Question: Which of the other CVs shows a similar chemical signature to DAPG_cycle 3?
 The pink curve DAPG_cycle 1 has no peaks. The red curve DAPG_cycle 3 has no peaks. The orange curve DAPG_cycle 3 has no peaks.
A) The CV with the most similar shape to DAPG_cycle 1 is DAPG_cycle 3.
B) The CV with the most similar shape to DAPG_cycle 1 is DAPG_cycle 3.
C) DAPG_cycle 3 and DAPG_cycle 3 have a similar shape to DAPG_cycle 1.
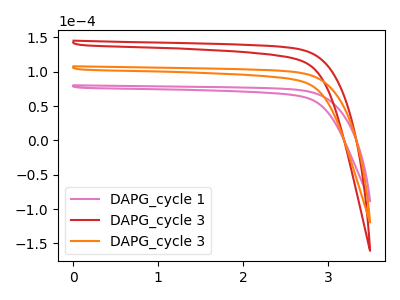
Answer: <think>Neither "DAPG_cycle 1" or "DAPG_cycle 3" have any peaks. Neither "DAPG_cycle 1" or "DAPG_cycle 3" have any peaks. Neither "DAPG_cycle 3" or "DAPG_cycle 3" have any peaks.
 </think>
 <answer>C) "DAPG_cycle 3" and "DAPG_cycle 3" have a similar shape to "DAPG_cycle 1".</answer>
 <eval>C</eval>